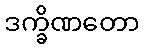
ဒက္ခိဏတော